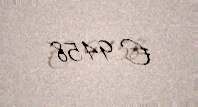
€ 9458